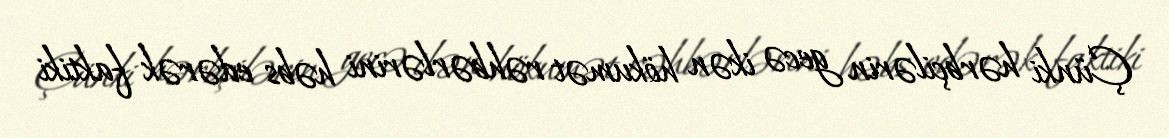
Çünki hərbçilərin gecə ikən hökumət rəhbərlərini həbs edərək faktiki